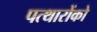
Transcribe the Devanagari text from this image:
पत्थारोंको